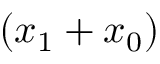
( x _ { 1 } + x _ { 0 } )